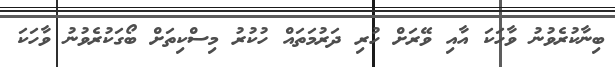
ބިނާކުރެވުނު ވާހަކަ އާއި ވޭރަށް ހުރި ދަރުމަތައް ހުކުރު މިސްކިތަށް ބޯގަކުރެވުނު ވާހަކަ